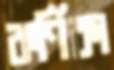
কর্ণিকা